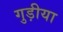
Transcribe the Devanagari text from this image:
गुड़ीया